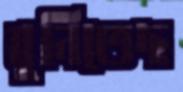
বুনিতেছ